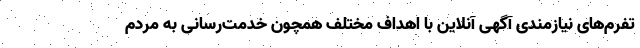
تفرم‌های نیازمندی آگهی آنلاین با اهداف مختلف همچون خدمت‌رسانی به مردم